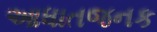
આધાતજનક